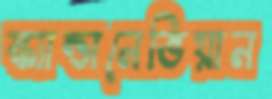
স্ক্যান্ডানেভিয়ান